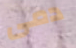
دمى